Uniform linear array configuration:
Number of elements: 48
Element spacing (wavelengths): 0.5
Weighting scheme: binomial
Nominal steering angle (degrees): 0
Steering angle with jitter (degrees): -1.183
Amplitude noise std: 0.05
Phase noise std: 0.05

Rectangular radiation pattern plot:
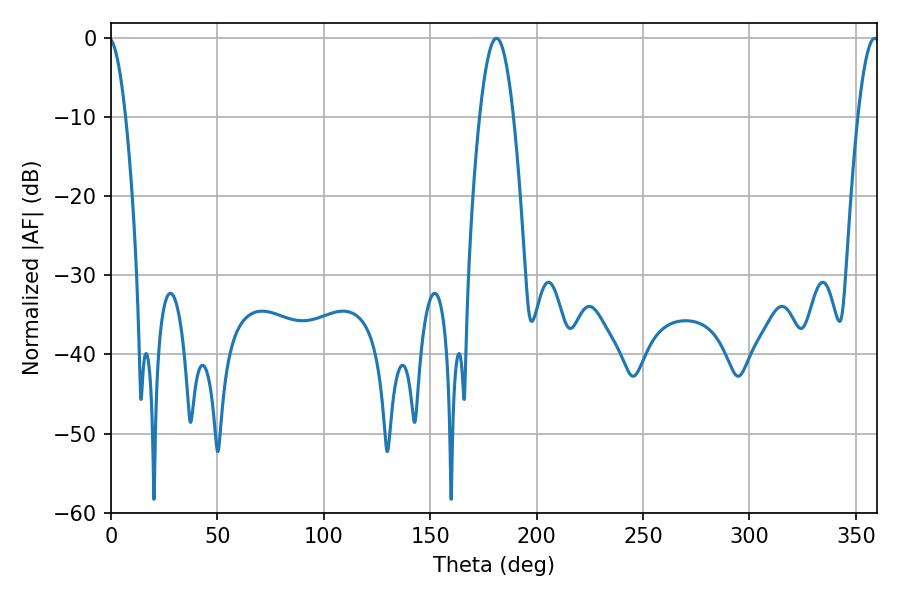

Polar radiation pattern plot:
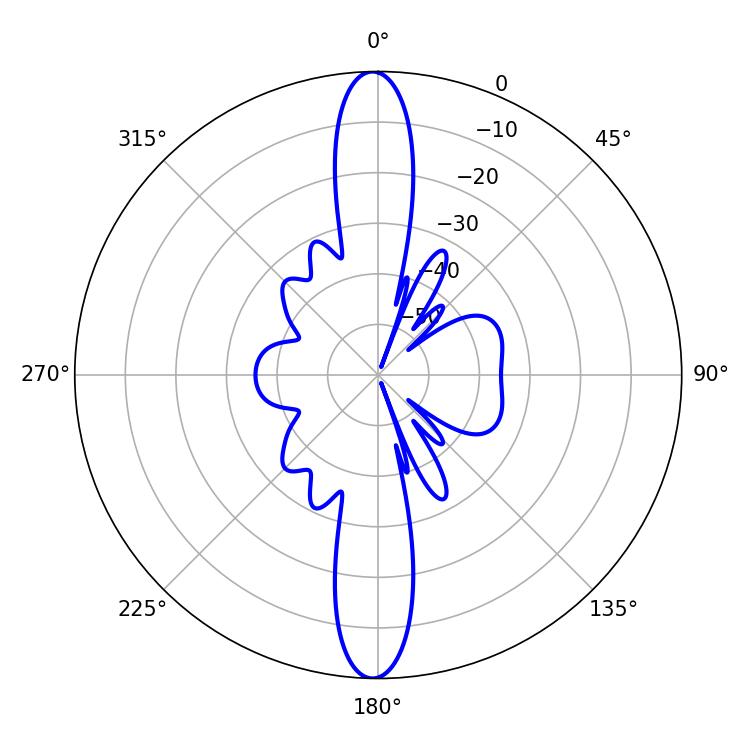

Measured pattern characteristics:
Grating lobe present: FALSE
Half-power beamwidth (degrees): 8.64
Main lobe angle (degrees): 181.08